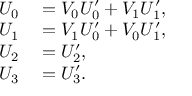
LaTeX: \begin{array} { r l } { U _ { 0 } } & { { } = V _ { 0 } U _ { 0 } ^ { \prime } + V _ { 1 } U _ { 1 } ^ { \prime } , } \\ { U _ { 1 } } & { { } = V _ { 1 } U _ { 0 } ^ { \prime } + V _ { 0 } U _ { 1 } ^ { \prime } , } \\ { U _ { 2 } } & { { } = U _ { 2 } ^ { \prime } , } \\ { U _ { 3 } } & { { } = U _ { 3 } ^ { \prime } . } \end{array}